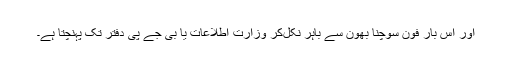
اور اس بار فون سوچنا بھون سے باہر نکل‌کر وزارت اطلاعات یا بی جے پی دفتر تک پہنچتا ہے۔